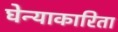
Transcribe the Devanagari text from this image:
घेन्याकारिता